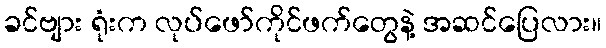
ခင်ဗျား ရုံးက လုပ်ဖော်ကိုင်ဖက်တွေနဲ့ အဆင်ပြေလား။